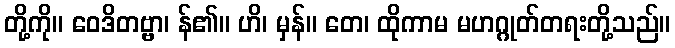
တို့ကို။ ဝေဒိတဗ္ဗာ၊ န်၏။ ဟိ၊ မှန်။ တေ၊ ထိုကာမ မဟဂ္ဂုတ်တရးတို့သည်။